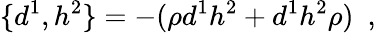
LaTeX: \{ d^{1},h^{2}\} =-(\rho d^{1}h^{2}+d^{1}h^{2}\rho)\ \ ,